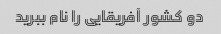
دو کشور آفریقایی را نام ببرید